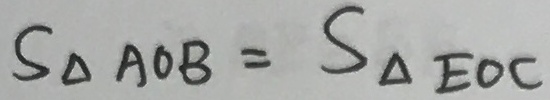
S _ { \Delta A O B } = S _ { \Delta E O C }